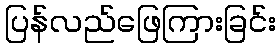
ပြန်လည်ဖြေကြားခြင်း